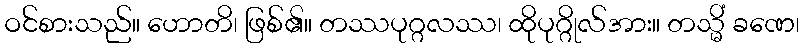
ဝင်စားသည်။ ဟောတိ၊ ဖြစ်၏။ တဿပုဂ္ဂလဿ၊ ထိုပုဂ္ဂိုလ်အား။ တသ္မိံ ခဏေ၊